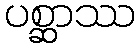
ပစ္ဆာဿ